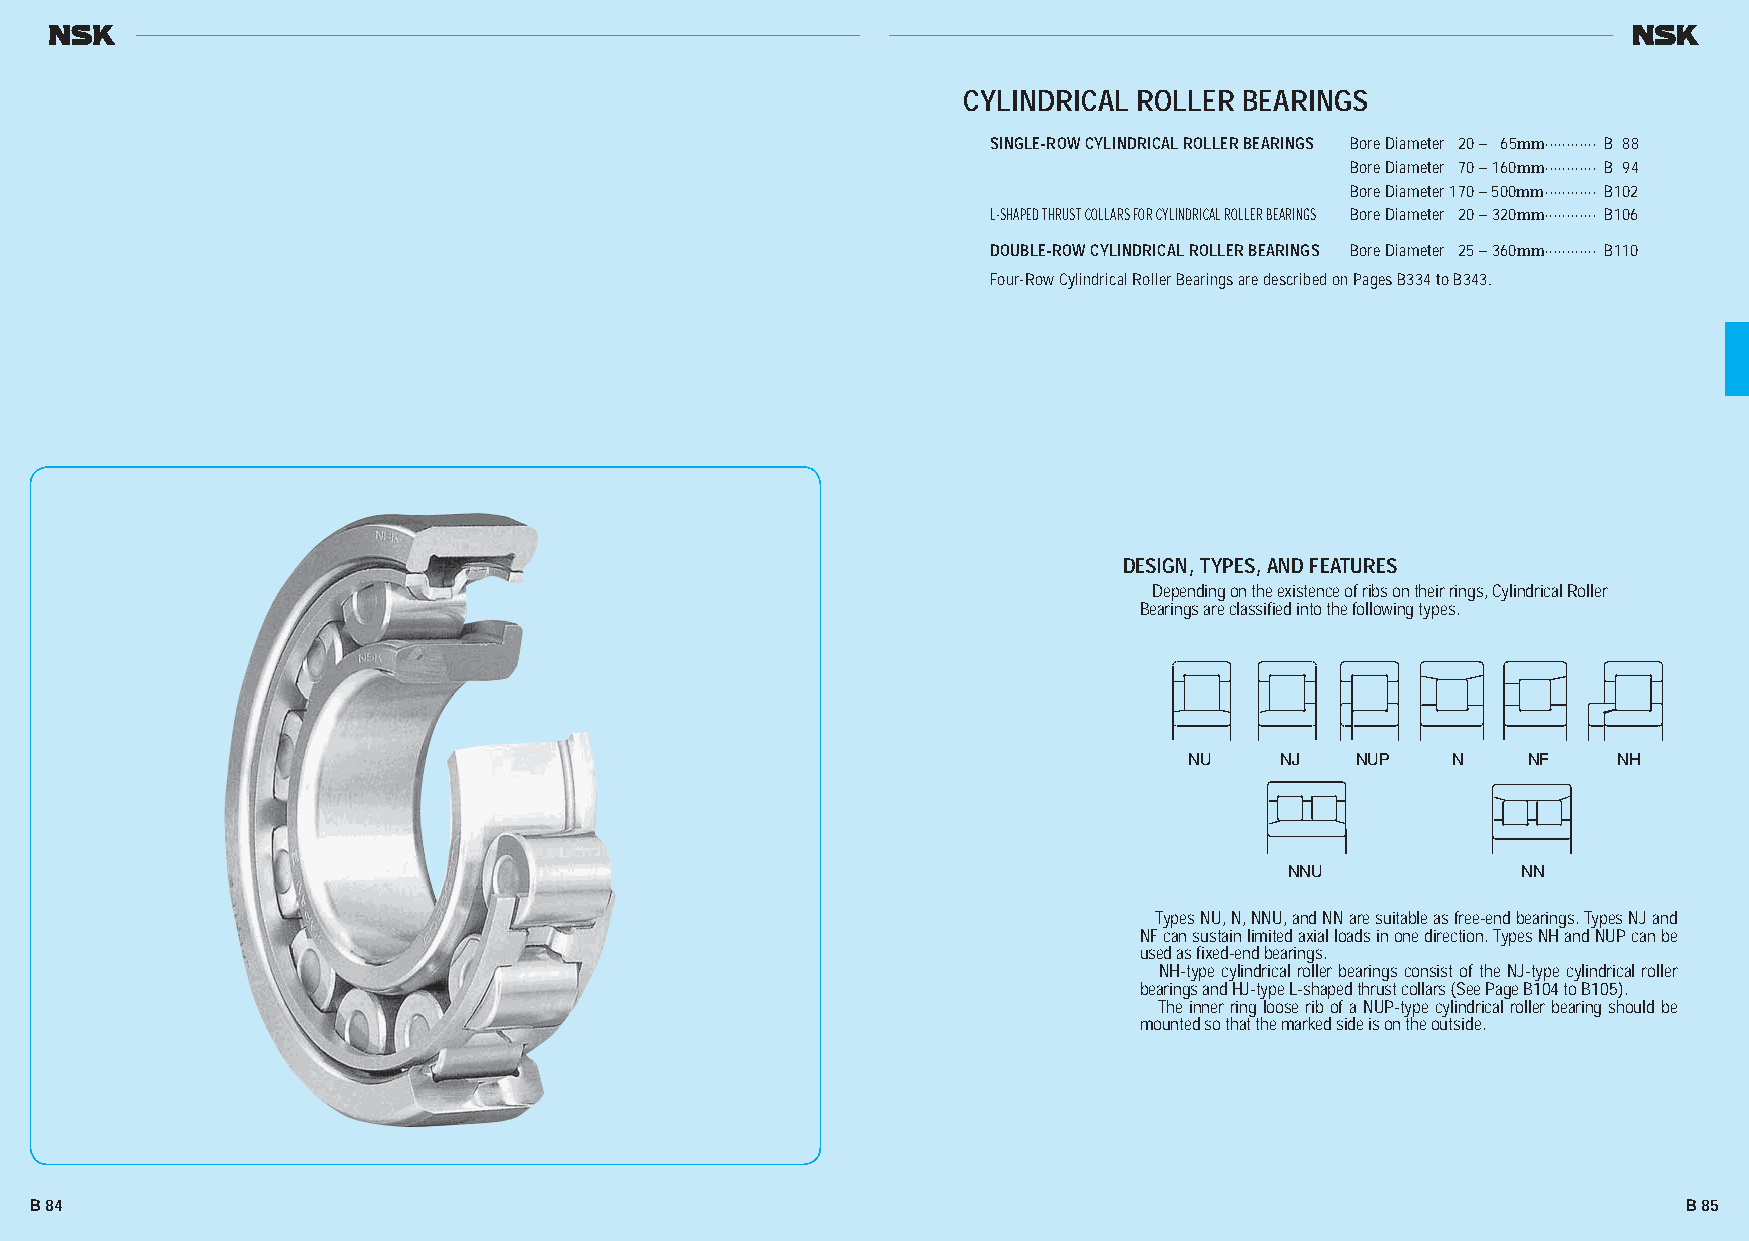
CYLINDRICAL ROLLER BEARINGS
 SINGLE-ROW CYLINDRICAL ROLLER BEARINGS Bore Diameter 20 – 65mm ············ B 88
 Bore Diameter 70 – 160mm ············ B 94
 Bore Diameter 170 – 500mm ············ B102
 L-SHAPED THRUST COLLARS FOR CYLINDRICAL ROLLER BEARINGS Bore Diameter 20 – 320mm ············ B106
 DOUBLE-ROW CYLINDRICAL ROLLER BEARINGS Bore Diameter 25 – 360mm ············ B110
 Four-Row Cylindrical Roller Bearings are described on Pages B334 to B343.
 DESIGN, TYPES, AND FEATURES
 Depending on the existence of ribs on their rings, Cylindrical Roller
 Bearings are classified into the following types.
 NU    NJ   NUP   N    NF    NH
 NNU             NN
 Types NU, N, NNU, and NN are suitable as free-end bearings. Types NJ and
 NF can sustain limited axial loads in one direction. Types NH and NUP can be
 used as fixed-end bearings.
 NH-type cylindrical roller bearings consist of the NJ-type cylindrical roller
 bearings and HJ-type L-shaped thrust collars (See Page B104 to B105).
 The inner ring loose rib of a NUP-type cylindrical roller bearing should be
 mounted so that the marked side is on the outside.
 B 84                                                                                                          B 85
 BB008844--110099EE..iinndddd 8844--8855                                                                   1111//2200//1133 44::5566::0077 PPMM